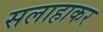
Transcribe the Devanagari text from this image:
सलाहाकर